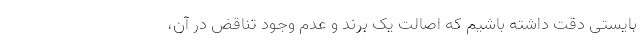
بایستی دقّت داشته باشیم که اصالتِ یک برند و عدمِ وجودِ تناقض در آن،